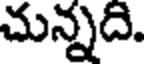
చున్నది.